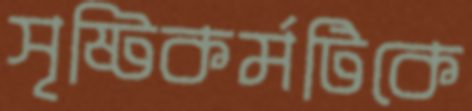
সৃষ্টিকর্মটিকে